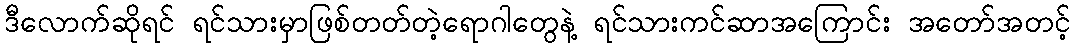
ဒီလောက်ဆိုရင် ရင်သားမှာဖြစ်တတ်တဲ့ရောဂါတွေနဲ့ ရင်သားကင်ဆာအကြောင်း အတော်အတင့်